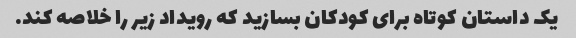
یک داستان کوتاه برای کودکان بسازید که رویداد زیر را خلاصه کند.